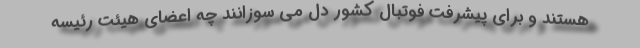
هستند و برای پیشرفت فوتبال کشور دل می سوزانند چه اعضای هیئت رئیسه